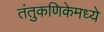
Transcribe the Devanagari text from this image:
तंतुकणिकेमध्ये